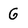
Character: G